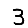
Digit: 3